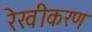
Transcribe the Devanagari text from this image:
रेखीकरण